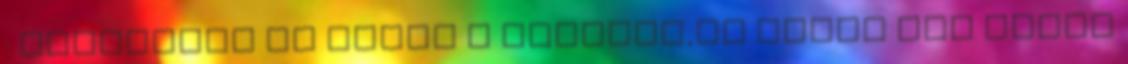
: Szerintem az lenne a legjobb,ha Rumpi fia lenne